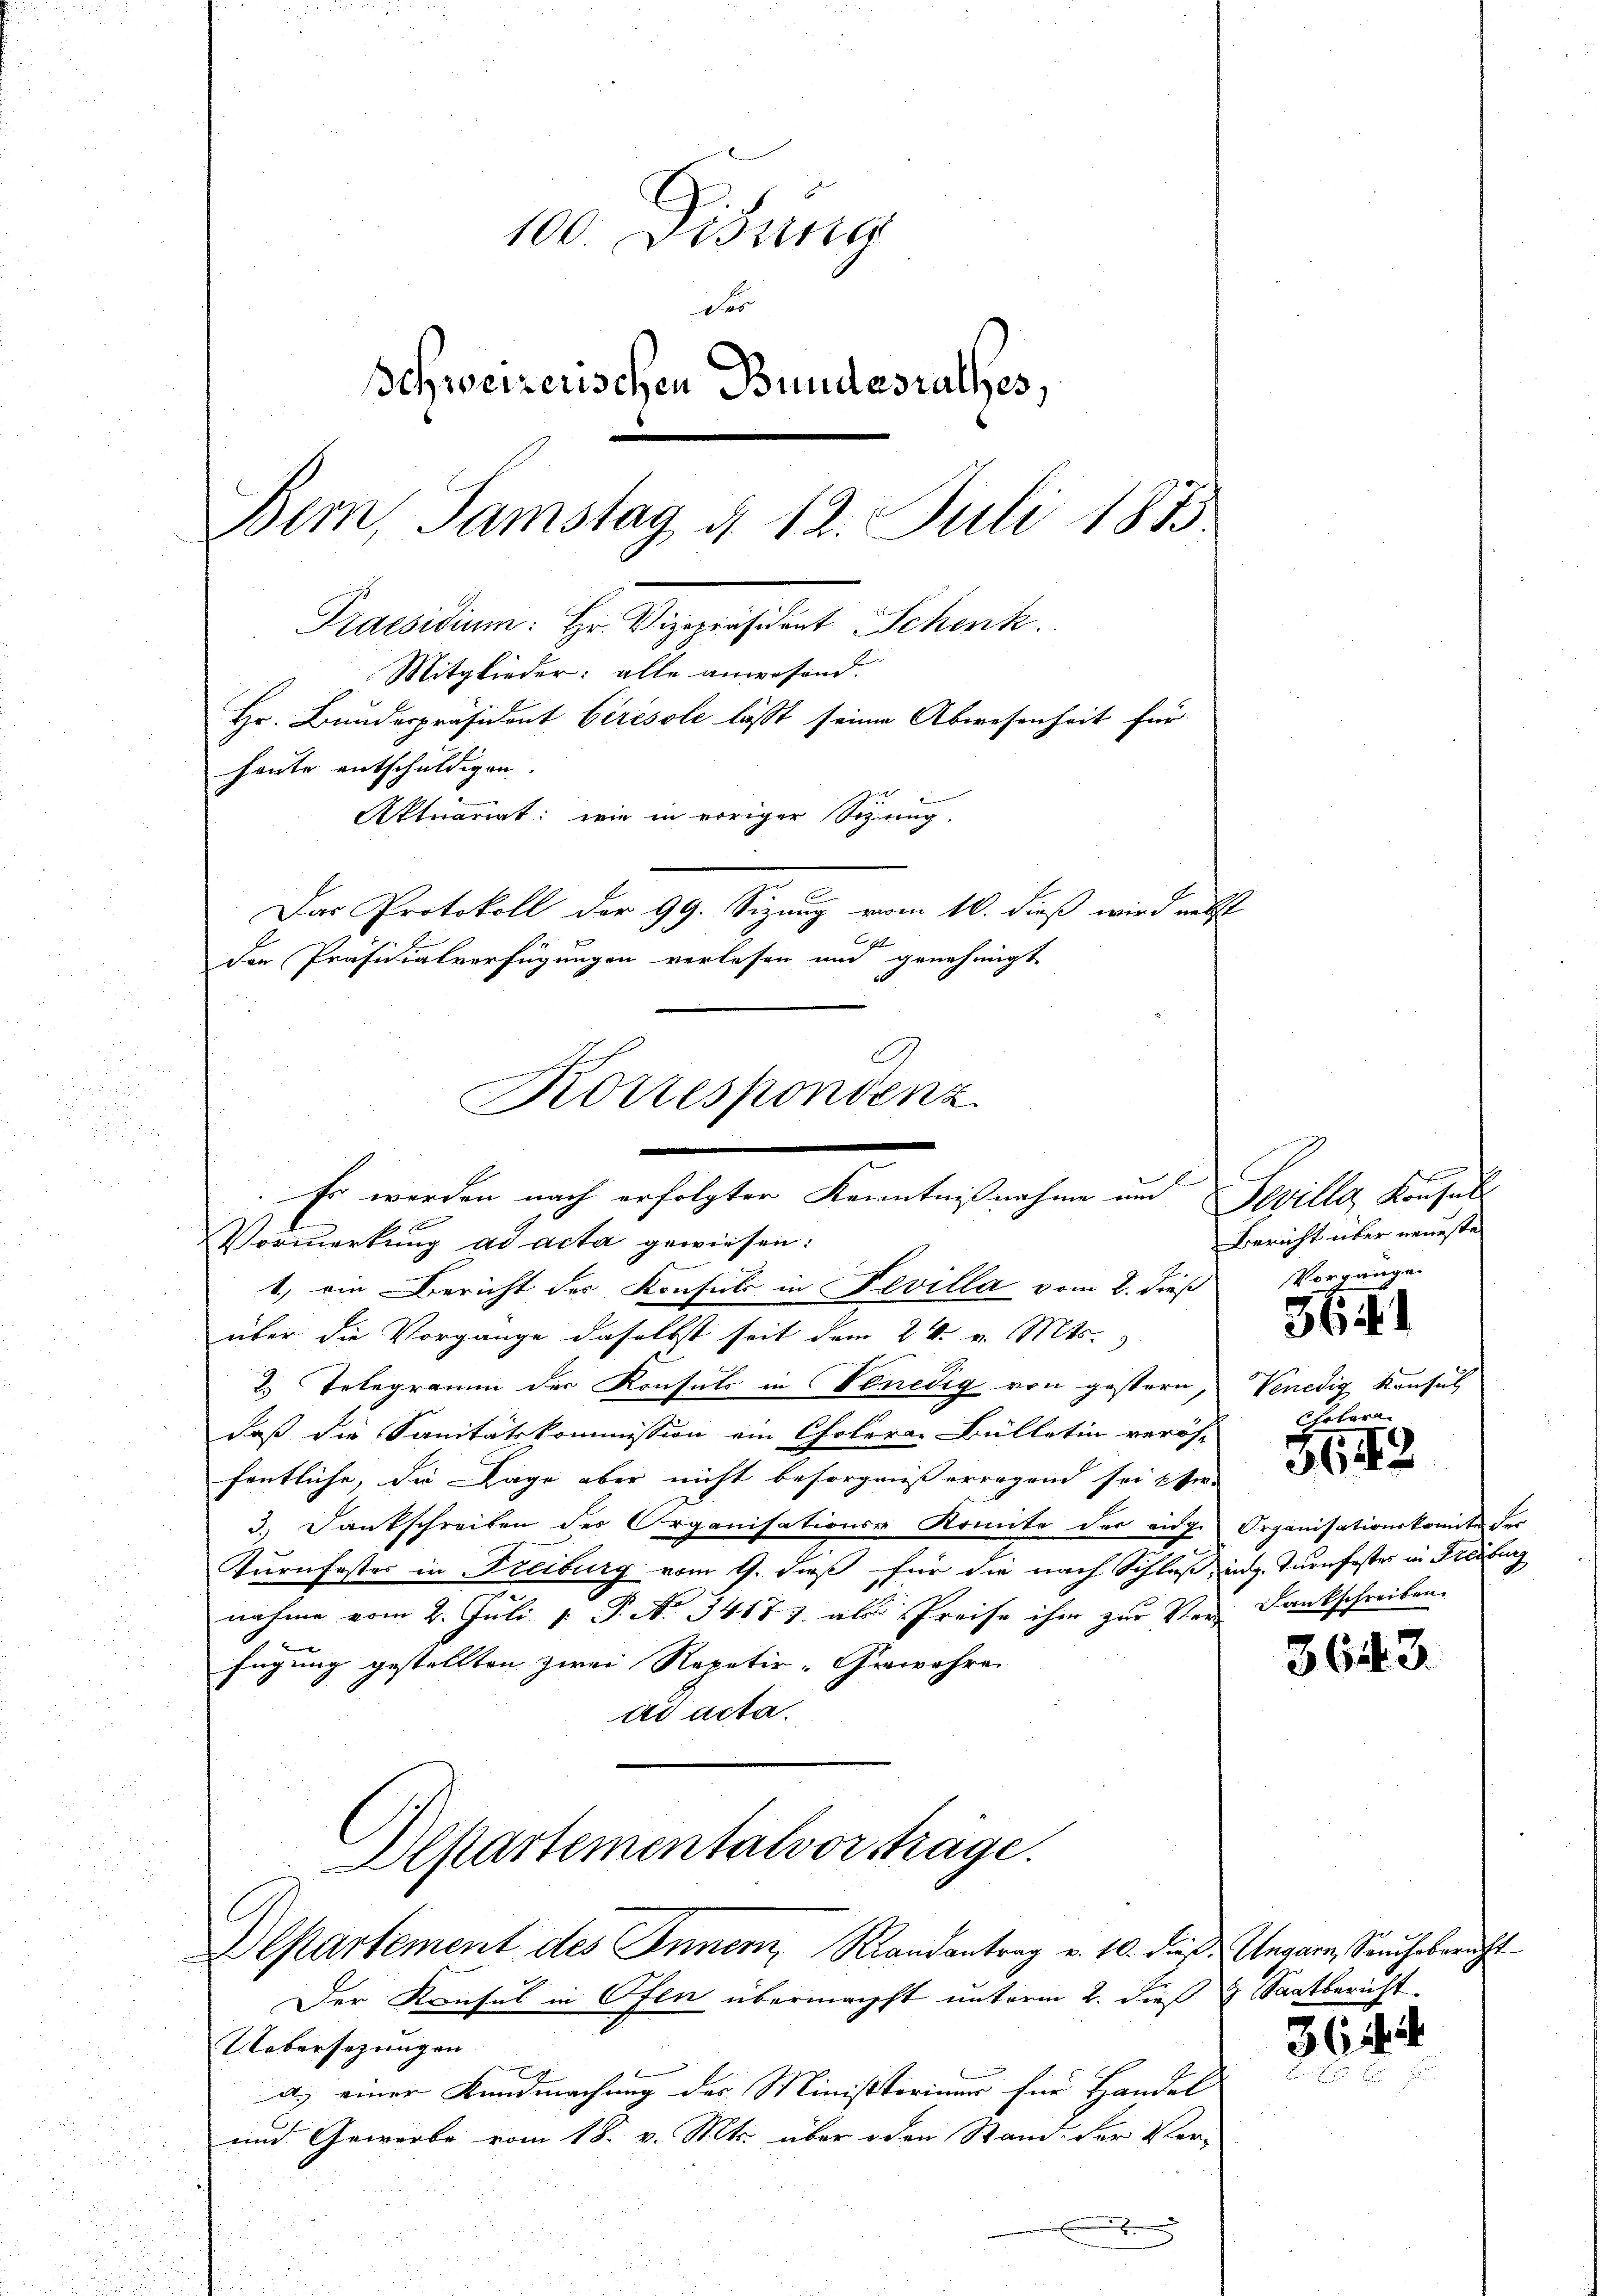
100. Disung
des
Schweizerischen Bundesrathes,
Bem, Samstag d. 12. Juli 1873
Praesidium: Hr. Vizepräsident Schenk
Mitglieder: alle anwesend.
Hr. Bundespräsident berisole lässt seiner Abwesenheit für
haute entschuldigen.
Aktuariat: wie in voriger Sitzung.
Das Protokoll der 99. Sizung vom 10. dieß wird nebst
den Präsidialverfügungen verlesen und genehmigt.

Korrespondenz
Er werden nach erfolgter Kenntnißnahme und Seville Konsul
l
Vormerkung ad acta gewiesen:

Departementalvorträge.
Departement des Innern Randantrag v. 10. dieß.

1) ein Bericht des Konsuls in Fevilla vom 2. dieß
über die Vorgange daselbst seit dem 24. v. Mts.
2. Telegramm der Konsuls in Venedig von gestern,
daß die Sanitätskommission ein Choleran Bülletin veröfn Cholera
fentliche, die Lage aber nicht besorgniß erregend sei Efer
3.) Dankschreiben des Organisations-Komite der eige Organisationskomite der
Turnfester in Freiburg vom 9. dieß für die nach Schluß, in Turnfester in Freiburg
nahme vom 2. Juli 1. P. N. 34183. als Preise ihm zur Ver- Dankschreiben.
r
fügung gestellten zwei Repetir-Gewehre
ad acta.

e

Der Kronsul in Ofen übermachst unterm 2. Dieß
Uebersezungen
a. einer Kundmachung des Ministorium für Handel
C.
und Gewerbe vom 18. v. Mts. über oder Stand. Der Ver-
.

Bericht über neueste
Vorgänge

Venedig Konsul

5641

5642

3643.

Ungarn, Souchsbericht
& Saatbericht.

361. 4